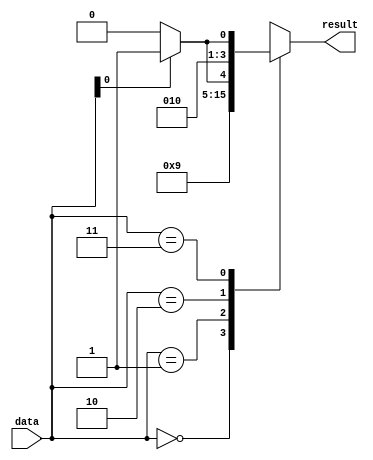
module case_if_else(input [1:0] data, output reg [3:0] result);

always @(*)
begin
    case(data)
        2'b00: result = 4'b0000;
        2'b01: result = 4'b0001;
        2'b10: 
        begin
            if(data[0] == 1'b0)
                result = 4'b0010;
            else
                result = 4'b0011;
        end
        2'b11: 
        begin
            if(data[0] == 1'b0)
                result = 4'b0100;
            else
                result = 4'b0101;
        end
        default: result = 4'b1111;
    endcase
end

endmodule